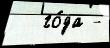
  го́да -